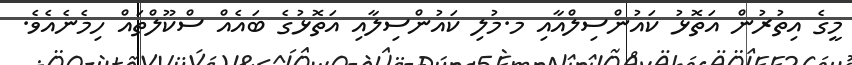
މީގެ އިތުރުން އަތޮޅު ކައުންސިލްއާއި މ.މުލި ކައުންސިލާއި އަތޮޅުގެ ބައެއް ސްކޫލްތައް ހިމެނެއެވެ.